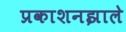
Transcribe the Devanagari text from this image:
प्रकाशनझाले